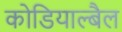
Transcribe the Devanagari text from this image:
कोडियाल्बैल